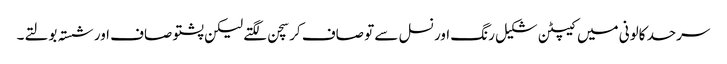
سرحد کالونی میں کیپٹن شکیل رنگ اور نسل سے تو صاف کرسچن لگتے لیکن پشتو صاف اور شستہ بولتے۔